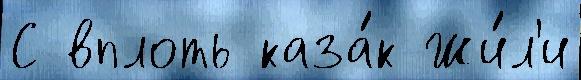
С вплоть каза́к Жи́л'и